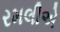
રમલીએ